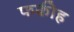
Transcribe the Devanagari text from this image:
फकीह